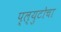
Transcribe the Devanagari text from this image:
प्ल्युटोचा